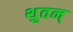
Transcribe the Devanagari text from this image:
थुवन्